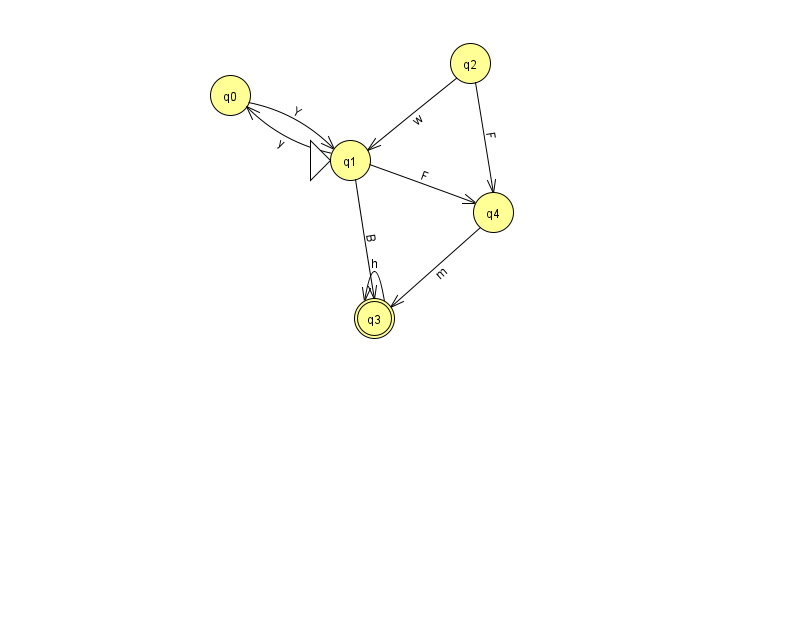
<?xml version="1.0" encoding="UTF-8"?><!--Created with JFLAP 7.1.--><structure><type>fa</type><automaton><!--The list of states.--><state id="0" name="q0"><x>230.0</x><y>82.0</y></state><state id="1" name="q1"><x>350.0</x><y>147.0</y><initial/></state><state id="2" name="q2"><x>470.0</x><y>50.0</y></state><state id="3" name="q3"><x>374.0</x><y>305.0</y><final/></state><state id="4" name="q4"><x>493.0</x><y>199.0</y></state><!--The list of transitions.--><transition><from>0</from><to>1</to><read>Y</read></transition><transition><from>1</from><to>0</to><read>y</read></transition><transition><from>4</from><to>3</to><read>m</read></transition><transition><from>1</from><to>4</to><read>F</read></transition><transition><from>3</from><to>3</to><read>h</read></transition><transition><from>2</from><to>1</to><read>w</read></transition><transition><from>2</from><to>4</to><read>F</read></transition><transition><from>1</from><to>3</to><read>B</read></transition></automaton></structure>